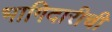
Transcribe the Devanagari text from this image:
भागिदारीची